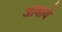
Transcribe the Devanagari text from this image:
आशाये